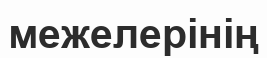
межелерінің